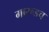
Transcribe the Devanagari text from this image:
गारूडच